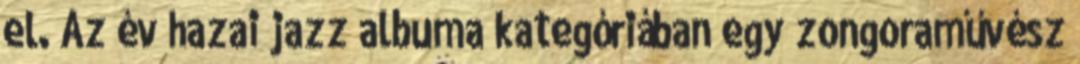
el. Az év hazai jazz albuma kategóriában egy zongoraművész